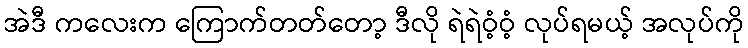
အဲဒီ ကလေးက ကြောက်တတ်တော့ ဒီလို ရဲရဲဝံ့ဝံ့ လုပ်ရမယ့် အလုပ်ကို